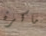
ماكرة